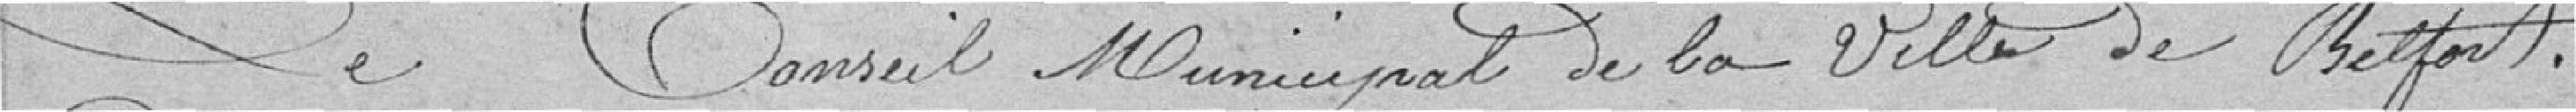
Le conseil municipal de la ville de Belfort,